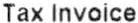
TAX INVOICE